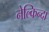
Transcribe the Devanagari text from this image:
नेल्किन्दा